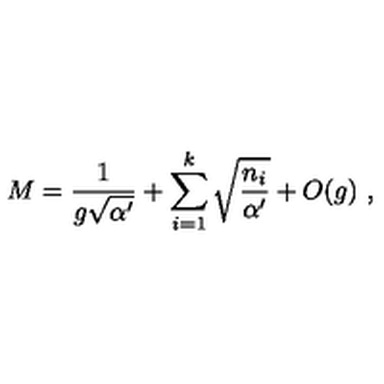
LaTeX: M = { \frac { 1 } { g \sqrt { \alpha ^ { \prime } } } } + \sum _ { i = 1 } ^ { k } \sqrt { \frac { n _ { i } } { \alpha ^ { \prime } } } + O ( g ) \ ,